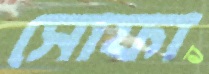
সোফা